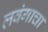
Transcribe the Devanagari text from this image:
लवंगाचा